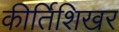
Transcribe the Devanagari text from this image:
कीर्तिशिखर